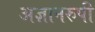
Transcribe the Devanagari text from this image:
अज्ञानरुपी